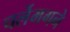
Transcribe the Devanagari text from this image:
चर्लेमगने